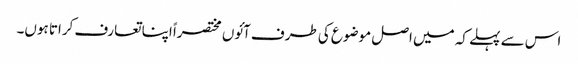
اس سے پہلے کہ میں اصل موضوع کی طرف آئوں مختصراً اپنا تعارف کراتا ہوں۔